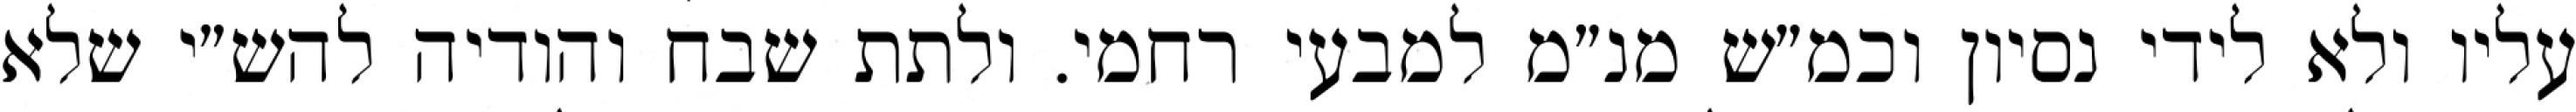
עליו ולא לידי נסיון וכמ״ש מנ״מ למבעי רחמי. ולתת שבח והודיה להש״י שלא